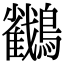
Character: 𪇲